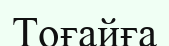
Тоғайға